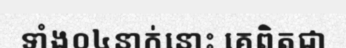
ទាំង០៤នាក់នោះ គេពិតជា